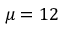
\mu = 1 2